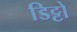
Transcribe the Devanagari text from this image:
डिट्टो